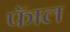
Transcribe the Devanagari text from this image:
फॅाल